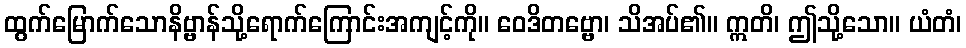
ထွက်မြောက်သောနိဗ္ဗာန်သို့ရောက်ကြောင်းအကျင့်ကို။ ဝေဒိတဗ္ဗော၊ သိအပ်၏။ ဣတိ၊ ဤသို့သော။ ယံတံ၊